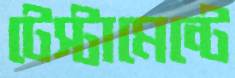
টেস্টামেন্টে